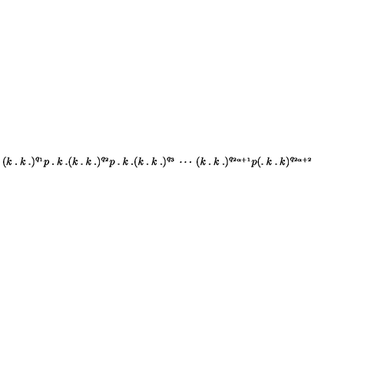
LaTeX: ( k \: . \: k \: . ) ^ { q _ { 1 } } p \: . \: k \: . ( k \: . \: k \: . ) ^ { q _ { 2 } } p \: . \: k \: . ( k \: . \: k \: . ) ^ { q _ { 3 } } \: \cdots \: ( k \: . \: k \: . ) ^ { q _ { 2 \alpha + 1 } } p ( . \: k \: . \: k ) ^ { q _ { 2 \alpha + 2 } }